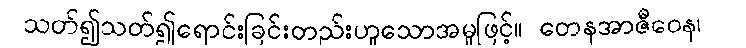
သတ်၍သတ်၍ရောင်းခြင်းတည်းဟူသောအမှုဖြင့်။ တေနအာဇီဝေန၊